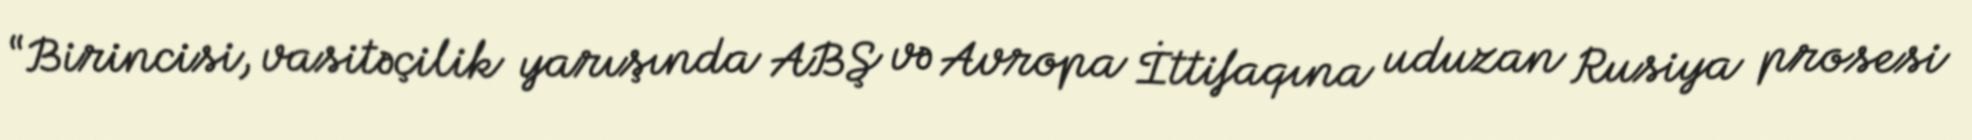
“Birincisi, vasitəçilik yarışında ABŞ və Avropa İttifaqına uduzan Rusiya prosesi